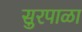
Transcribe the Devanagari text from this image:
सुरपाळा